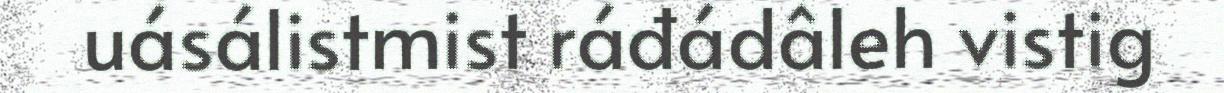
uásálistmist ráđádâleh vistig